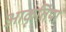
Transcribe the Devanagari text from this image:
आकृतिया